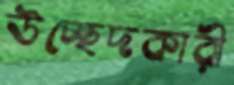
উচ্ছেদকারী